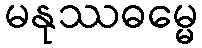
မနုဿဓမ္မေ